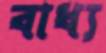
বাধ্য